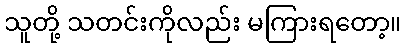
သူတို့ သတင်းကိုလည်း မကြားရတော့။